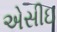
એસીઇ